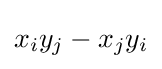
x_{i}y_{j}-x_{j}y_{i}